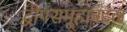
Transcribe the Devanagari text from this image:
द्वीपसमूहाबद्दल